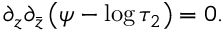
\partial _ { z } \partial _ { \bar { z } } \left( \psi - \log \tau _ { 2 } \right) = 0 .